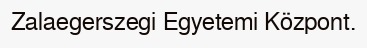
Zalaegerszegi Egyetemi Központ.